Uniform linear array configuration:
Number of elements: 12
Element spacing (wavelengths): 0.75
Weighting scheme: cosine
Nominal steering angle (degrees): -30
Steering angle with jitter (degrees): -30.415
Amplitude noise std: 0.05
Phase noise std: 0.05

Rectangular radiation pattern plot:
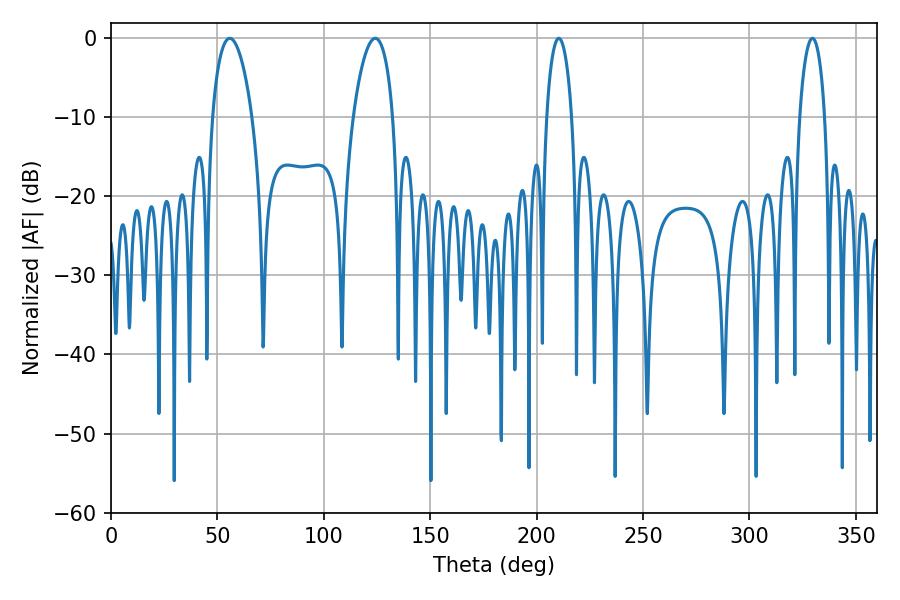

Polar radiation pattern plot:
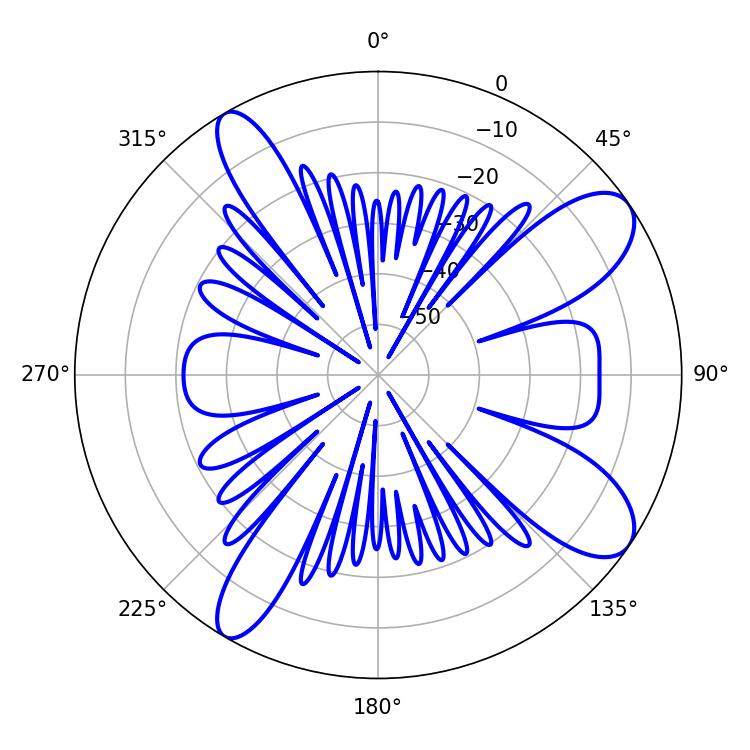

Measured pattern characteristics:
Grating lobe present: TRUE
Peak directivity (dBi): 9.946
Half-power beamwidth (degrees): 10.44
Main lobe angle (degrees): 55.8